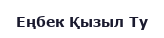
Еңбек Қызыл Ту